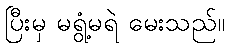
ပြီးမှ မရွံ့မရဲ မေးသည်။